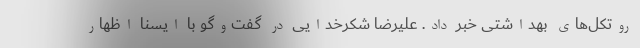
روتکل‌های بهداشتی خبر داد. علیرضا شکرخدایی در گفت‌وگو با ایسنا اظهار